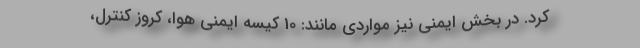
کرد. در بخش ایمنی نیز مواردی مانند: 10 کیسه ایمنی هوا، کروز کنترل،